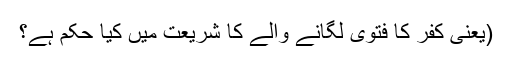
(یعنی کفر کا فتویٰ لگانے والے کا شریعت میں کیا حکم ہے؟